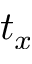
t _ { x }